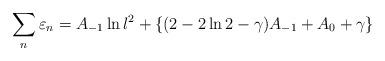
LaTeX: \begin{align*}\sum_n \varepsilon_n = A_{-1} \ln l^2 + \{ (2 - 2\ln 2 -\gamma) A_{-1} + A_0 + \gamma \}\end{align*}